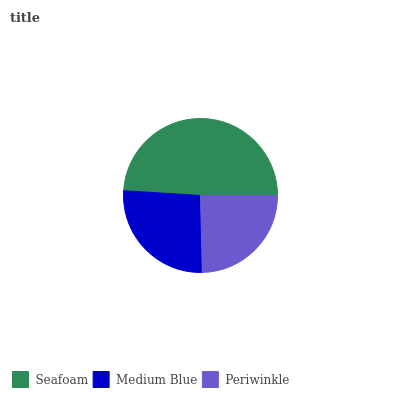
| Seafoam | Medium Blue | Periwinkle |
 | --- | --- | --- |
 | 49% | 26.4% | 24.6% |